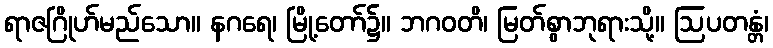
ရာဇဂြိုဟ်မည်သော။ နဂရေ၊ မြို့တော်၌။ ဘဂဝတိ၊ မြတ်စွာဘုရားသို့။ ဩပတန္တံ၊